Annual administration report of the Civil Veterinary Department of India - 1894-1895
Year: 1894
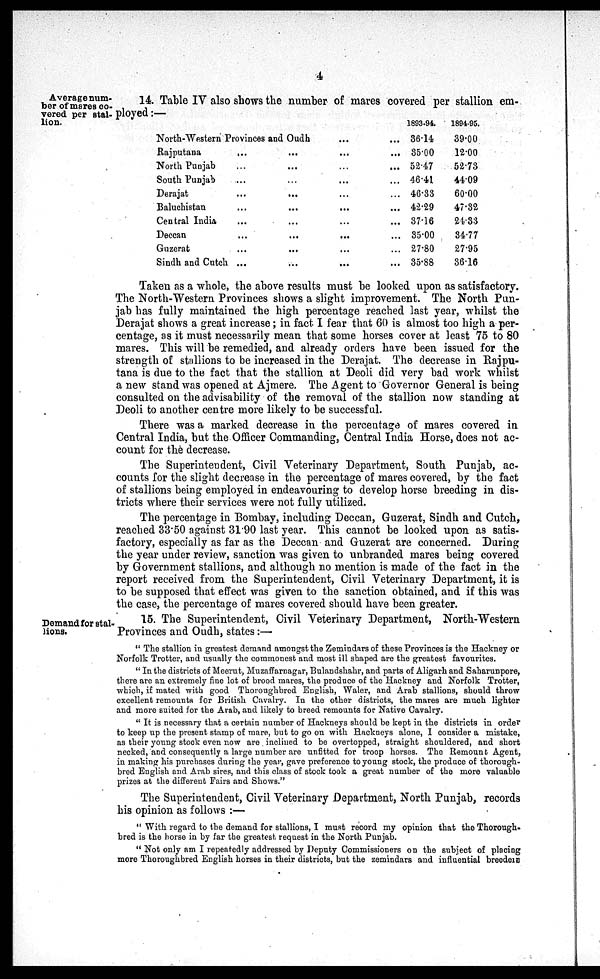
4
Average num-
ber of mares co-
vered per stal-
lion.
14. Table IV also shows the number of mares covered per stallion em-
ployed:—
North-Western Provinces and Oudh
Rajputana
North Punjab
South Punjab
Derajat
Baluchistan
Central India
Deccan
Guzerat
Sindh and Cutch
...
...
...
...
...
...
...
...
...
...
...
...
...
...
...
...
...
...
...
...
...
...
...
...
...
...
...
...
...
...
...
...
...
...
...
......
...
...
1893-94.
36.14
35.00
52.47
46.41
46.33
42.29
37.16
35.00
27.80
35.88
1894-95.
39.00
12.00
52.73
44.09
60.00
47.32
24.33
34.77
27.95
36.16
Taken as a whole, the above results must be looked upon as satisfactory.
The North-Western Provinces shows a slight improvement. The North Pun-
jab has fully maintained the high percentage reached last year, whilst the
Derajat shows a great increase; in fact I fear that 60 is almost too high a per-
centage, as it must necessarily mean that some horses cover at least 75 to 80
mares. This will be remedied, and already orders have been issued for the
strength of stallions to be increased in the Derajat. The decrease in Rajpu-
tana is due to the fact that the stallion at Deoli did very bad work whilst
a new stand was opened at Ajmere. The Agent to Governor General is being
consulted on the advisability of the removal of the stallion now standing at
Deoli to another centre more likely to be successful.
There was a marked decrease in the percentage of mares covered in
Central India, but the Officer Commanding, Central India Horse, does not ac-
count for the decrease.
The Superintendent, Civil Veterinary Department, South Punjab, ac-
counts for the slight decrease in the percentage of mares covered, by the fact
of stallions being employed in endeavouring to develop horse breeding in dis-
tricts where their services were not fully utilized.
The percentage in Bombay, including Deccan, Guzerat, Sindh and Cutch,
reached 33.50 against 31.90 last year. This cannot be looked upon as satis-
factory, especially as far as the Deccan and Guzerat are concerned. During
the year under review, sanction was given to unbranded mares being covered
by Government stallions, and although no mention is made of the fact in the
report received from the Superintendent, Civil Veterinary Department, it is
to be supposed that effect was given to the sanction obtained, and if this was
the case, the percentage of mares covered should have been greater.
Demand for stal-
lions.
15. The Superintendent, Civil Veterinary Department, North-Western
Provinces and Oudh, states:—
"The stallion in greatest demand amongst the Zemindars of these Provinces is the Hackney or
Norfolk Trotter, and usually the commonest and most ill shaped are the greatest favourites.
"In the districts of Meerut, Muzaffarnagar, Bulandshahr, and parts of Aligarh and Saharunpore,
there are an extremely fine lot of brood mares, the produce of the Hackney and Norfolk Trotter,
which, if mated with good Thoroughbred English, Waler, and Arab stallions, should throw
excellent remounts for British. Cavalry. In the other districts, the mares are much lighter
and more suited for the Arab, and likely to breed remounts for Native Cavalry.
"It is necessary that a certain number of Hackneys should be kept in the districts in order
to keep up the present stamp of mare, but to go on with Hackneys alone, I consider a mistake,
as their young stock even now are inclined to be overtopped, straight shouldered, and short
necked, and consequently a large number are unfitted for troop horses. The Remount Agent,
in making his purchases during the year, gave preference to young stock, the produce of thorough-
bred English and Arab sires, and this class of stock took a great number of the more valuable
prizes at the different Fairs and Shows."
The Superintendent, Civil Veterinary Department, North Punjab, records
his opinion as follows:—
"With regard to the demand for stallions, I must record my opinion that the Thorough-
bred is the horse in by far the greatest request in the North Punjab.
"Not only am I repeatedly addressed by Deputy Commissioners on the subject of placing
more Thoroughbred English horses in their districts, but the zemindars and influential breeders